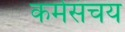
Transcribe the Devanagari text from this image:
कर्मसंचय